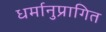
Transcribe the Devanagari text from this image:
धर्मानुप्रागित